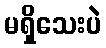
မရှိသေးပဲ